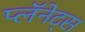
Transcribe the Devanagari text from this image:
प्लॅनेट्स